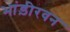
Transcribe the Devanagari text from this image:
भांड़ीरवन